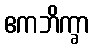
ဧကဘိက္ခာ